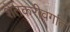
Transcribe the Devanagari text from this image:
शेतकरीवर्गात